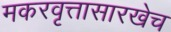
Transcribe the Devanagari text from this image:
मकरवृत्तासारखेच